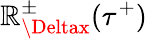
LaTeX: \mathbb{R}_{\Deltax}^{\pm}(\tau^{+})